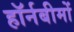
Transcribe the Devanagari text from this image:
हॉर्नबीमों